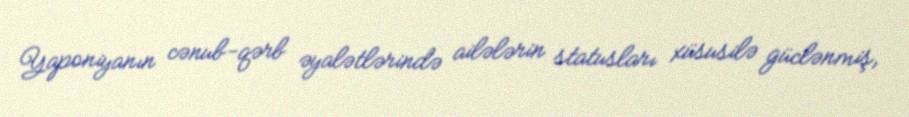
Yaponiyanın cənub-qərb əyalətlərində ailələrin statusları xüsusilə güclənmiş,